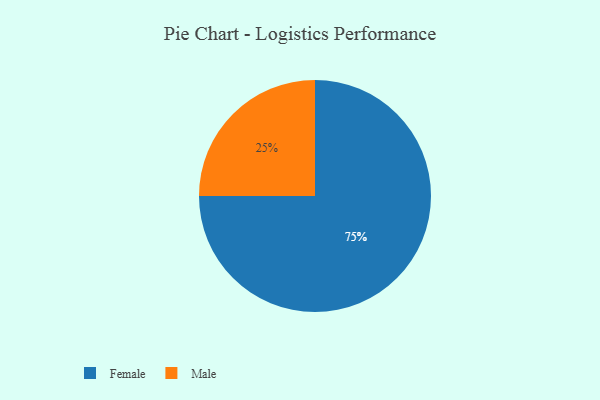
{"axis": {"x": "Category", "y": "Percentage"}, "legend": ["Female", "Male"], "data": [{"x": "Female", "y": 75, "type": "Female"}, {"x": "Male", "y": 25, "type": "Male"}]}